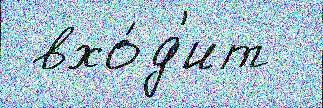
 вхо́д'ит